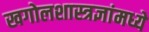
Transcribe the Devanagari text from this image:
खगोलशास्त्रज्ञांमध्ये